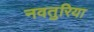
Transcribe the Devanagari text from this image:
नवतुरिया